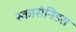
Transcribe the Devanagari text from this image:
स्कारोनिडस